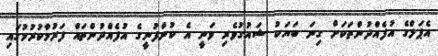
އެޕަލްގެ އުފެއްދުންތަކަށް ގިނަ ބަޔަކު ޝައުގުވެރި ވަނީ އެ ކުންފުނީގެ އުފެއްދުންތައް ފަރުމާކުރުމުގައި